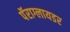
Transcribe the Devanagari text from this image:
पॅराग्लायडर